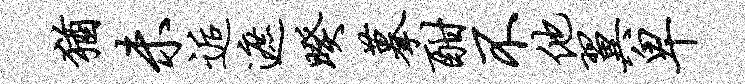
犹未逅遮暌摹酣不他翼卑